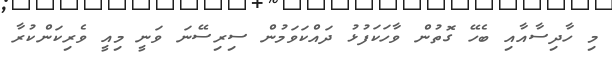
މި ހާދިސާއާއި ބެހޭ ގޮތުން ވާހަކަފުޅު ދައްކަވަމުން ސިރިސޭނަ ވަނީ މިއީ ވެރިކަންކުރާ